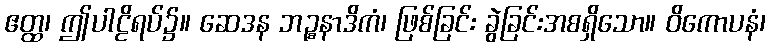
ဧတ္ထ၊ ဤပါဠိရပ်၌။ ဆေဒန ဘဉ္စနာဒိကံ၊ ဖြစ်ခြင်း ခွဲခြင်းအစရှိသော။ ဝိကောပနံ၊